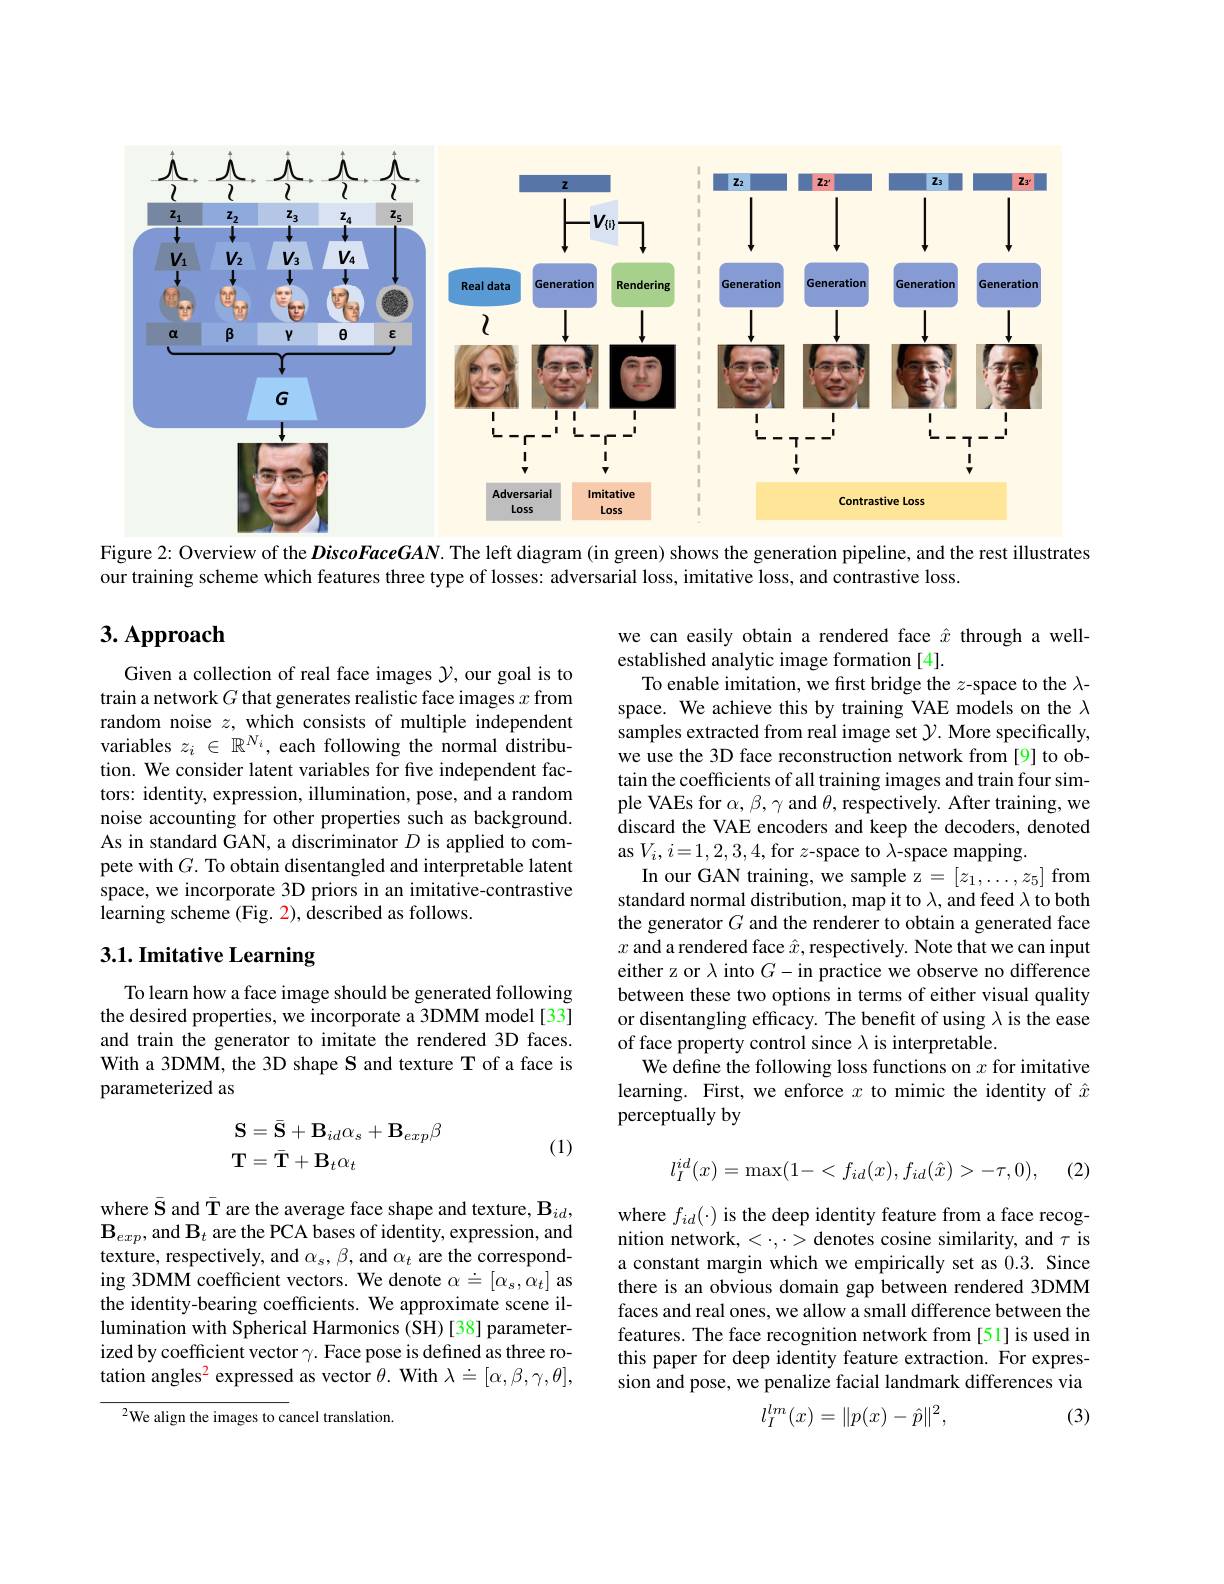
<FigureHere>

Figure 2: Overview of the DiscoFaceGAN. The left diagram (in green) shows the generation pipeline, and the rest illustrates

our training scheme which features three type of losses: adversarial loss, imitative loss, and contrastive loss.

# 3. Approach

Given a collection of real face images $\mathcal{Y}$, our goal is to train a network $G$ that generates realistic face images $x$ from random noise $z$, which consists of multiple independent variables $z_i\in\mathbb{R}^{N_i}$, each following the normal distribution. We consider latent variables for five independent factors: identity, expression, illumination, pose, and a random noise accounting for other properties such as background. As in standard GAN, a discriminator $D$ is applied to compete with $G.$ To obtain disentangled and interpretable latent space, we incorporate 3D priors in an imitative-contrastive learning scheme (Fig. 2), described as follows.

we can easily obtain a rendered face $\hat{x}$ through a well-
established analytic image formation [4].
To enable imitation, we first bridge the $z$-space to the $\lambda$- space. We achieve this by training VAE models on the $\lambda$ samples extracted from real image set $\mathcal{Y}.$ More specifically, we use the 3D face reconstruction network from [9] to obtain the coefficients of all training images and train four simple VAEs for $\alpha,\beta,\gamma$ and $\theta$, respectively. After training, we discard the VAE encoders and keep the decoders, denoted as $V_i,i=1,2,3,4$,for $z$-space to $\lambda$-space mapping.
In our GAN training, we sample z $=[z_1,\ldots,z_5]$ from standard normal distribution, map it to $\lambda$, and feed $\lambda$ to both the generator $G$ and the renderer to obtain a generated face $x$ and a rendered face $\hat{x}$,respectively. Note that we can input either z or $\lambda$ into $G-$in practice we observe no difference between these two options in terms of either visual quality or disentangling efficacy. The benefit of using $\lambda$ is the ease of face property control since $\lambda$ is interpretable.
We define the following loss functions on $x$ for imitative learning. First, we enforce $x$ to mimic the identity of $\hat{x}$ perceptually by

# 3.1. Imitative Learning

To learn how a face image should be generated following the desired properties, we incorporate a 3DMM model [33] and train the generator to imitate the rendered 3D faces. With a 3DMM, the 3D shape S and texture T of a face is parameterized as
$$\begin{aligned}\mathbf{S}&=\bar{\mathbf{S}}+\mathbf{B}_{id}\alpha_{s}+\mathbf{B}_{exp}\beta\\\mathbf{T}&=\bar{\mathbf{T}}+\mathbf{B}_{t}\alpha_{t}\end{aligned}$$
(1)

(2)
$$l_I^{id}(x)=\max(1-<f_{id}(x),f_{id}(\hat{x})>-\tau,0),$$
where $\bar{\mathbf{S}}$ and $\bar{\mathbf{T}}$ are the average face shape and texture, B$_id$, $\mathbf{B}_{exp}$,and $\mathbf{B}_t$ are the PCA bases of identity, expression, and texture, respectively, and $\alpha_s,\beta$, and $\alpha_t$ are the corresponding 3DMM coefficient vectors. We denote $\alpha\doteq[\alpha_s,\alpha_t]$ as the identity-bearing coefficients. We approximate scene illumination with Spherical Harmonics (SH) [38] parameterized by coefficient vector $\gamma.$ Face pose is defined as three rotation angles$^2$ expressed as vector $\theta.$ With $\lambda\doteq[\alpha,\beta,\gamma,\theta]$,

where $f_{id}(\cdot)$ is the deep identity feature from a face recognition network, < $\cdot,\cdot>$ denotes cosine similarity, and $\tau$ is a constant margin which we empirically set as 0.3. Since there is an obvious domain gap between rendered 3DMM faces and real ones, we allow a small difference between the features. The face recognition network from[51] is used in this paper for deep identity feature extraction. For expression and pose, we penalize facial landmark differences via

$^{2}$We align the images to cancel translation.

(3)
$$l_I^{lm}(x)=\|p(x)-\hat{p}\|^2,$$